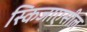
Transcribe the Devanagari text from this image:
स्किजाएसील